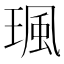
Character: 𤧑